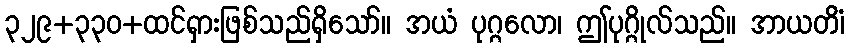
၃၂၉+၃၃၀+ထင်ရှားဖြစ်သည်ရှိသော်။ အယံ ပုဂ္ဂလော၊ ဤပုဂ္ဂိုလ်သည်။ အာယတိံ၊